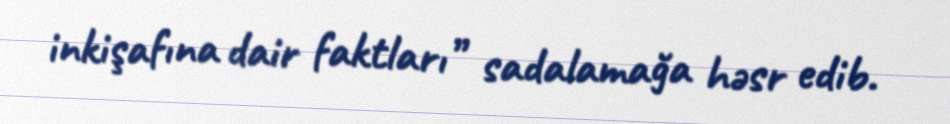
inkişafına dair faktları” sadalamağa həsr edib.